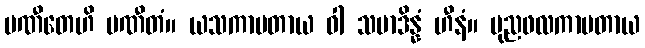
ပဏီတေဟိ ပဏီတံ။ ယသကာမတာယ ဝါ သမာဒိန္နံ ဟီနံ။ ပုညဖလကာမတာယ